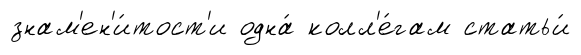
знам'ен'и́тост'и одна́ колл'е́гам статьи́